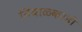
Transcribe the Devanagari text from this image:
निंबाळकरही